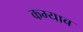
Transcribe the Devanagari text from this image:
कम्याब